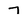
Character: 7